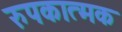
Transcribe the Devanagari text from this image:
रुपकात्मक